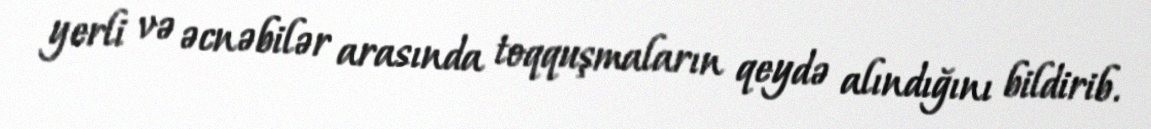
yerli və əcnəbilər arasında toqquşmaların qeydə alındığını bildirib.